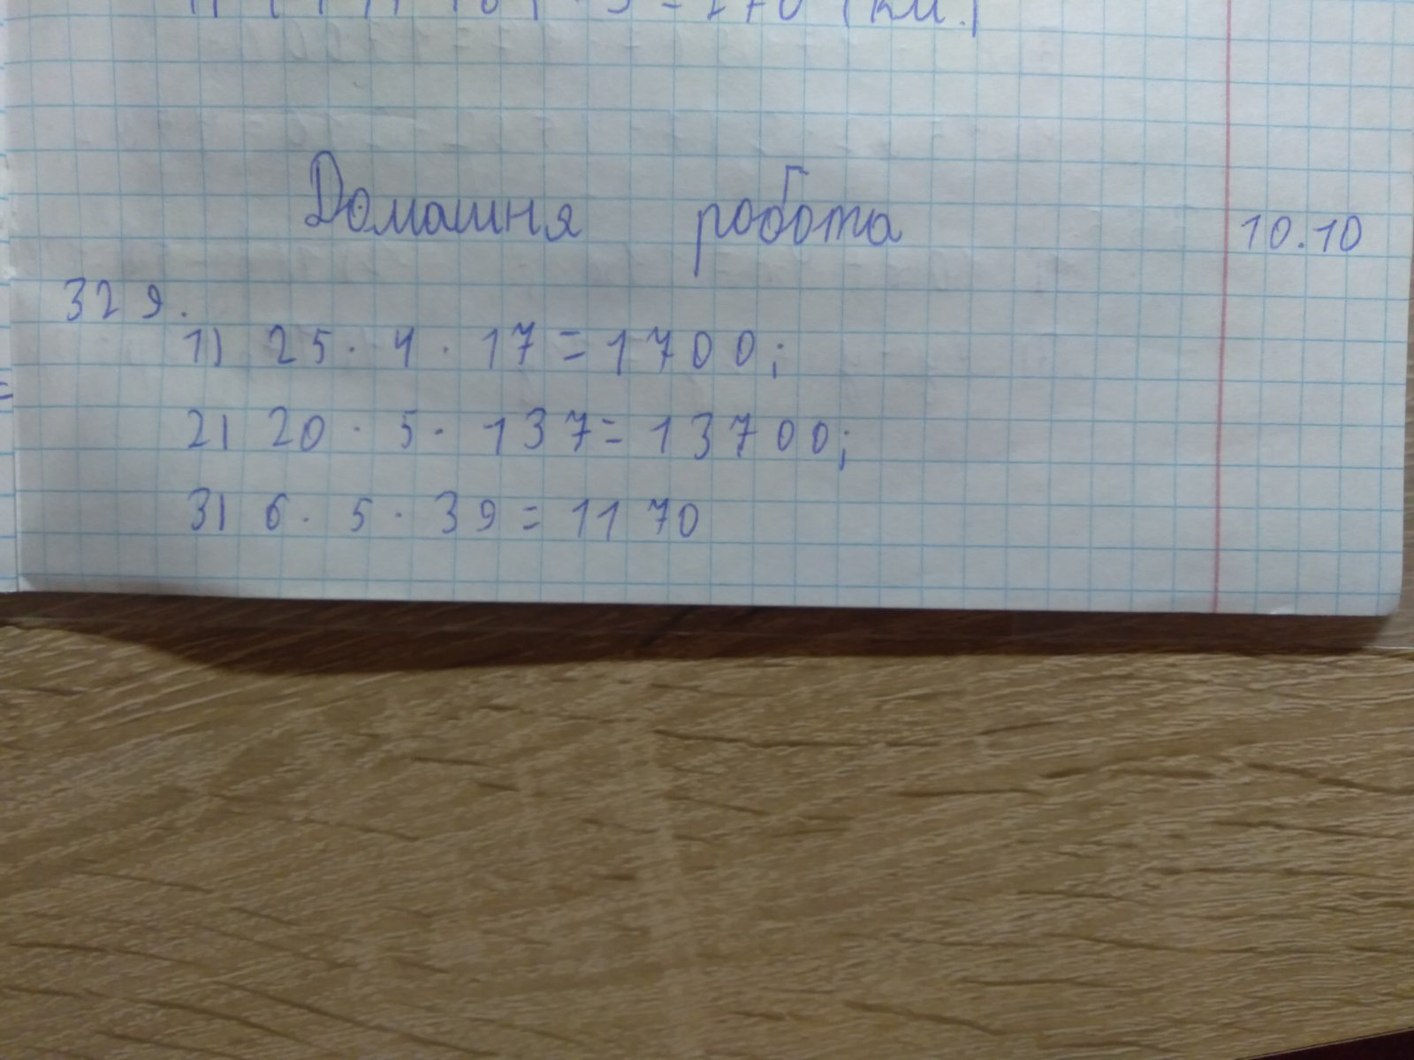
Домашня робота
10.10
329
1) \ 25 \cdot 4 \cdot 17 = 1700;
2) 20 \cdot 5 \cdot 137 = 13700;
3) 6 \cdot 5 \cdot 39 = 1170